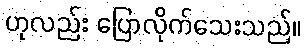
ဟုလည်း ပြောလိုက်သေးသည်။